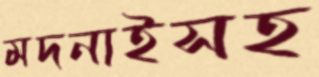
মদনাইসহ